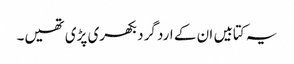
یہ کتابیں ان کے ارد گرد بکھری پڑی تھیں۔